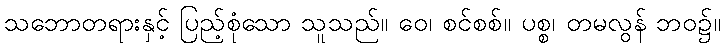
သဘောတရားနှင့် ပြည့်စုံသော သူသည်။ ဝေ၊ စင်စစ်။ ပစ္စ၊ တမလွန် ဘဝ၌။